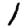
Digit: 1